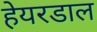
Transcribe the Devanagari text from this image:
हेयरडाल